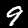
Digit: 9